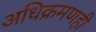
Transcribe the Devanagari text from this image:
अधिक्रमणही